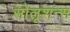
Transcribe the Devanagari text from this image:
सोलूशन्स